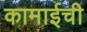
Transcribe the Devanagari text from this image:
कामाईची